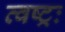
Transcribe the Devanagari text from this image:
त्वष्ट्रः